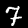
Label: 7